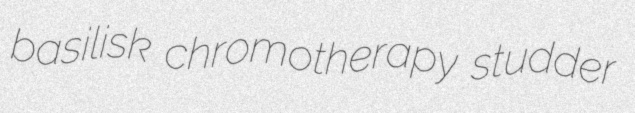
basilisk chromotherapy studder